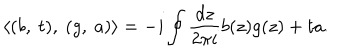
\langle ( b , \ t ) , \ ( g , \ a ) \rangle = - i \oint \frac { d z } { 2 \pi i } b ( z ) g ( z ) + t a .